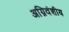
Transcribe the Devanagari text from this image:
अग्निवंशीय